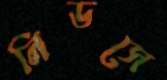
লিডসে